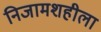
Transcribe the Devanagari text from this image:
निजामशहीला